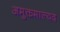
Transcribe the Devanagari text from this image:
अमुक्तमाल्यद